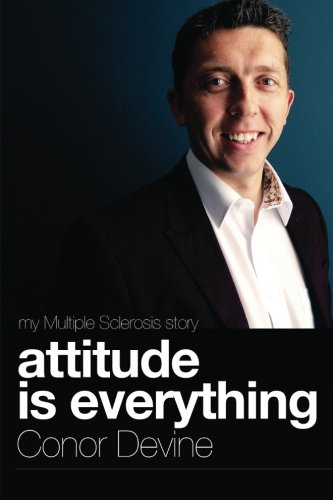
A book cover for Attitude Is Everything: My Multiple Sclerosis Story; Conor Devine; Health, Fitness & Dieting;